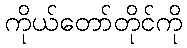
ကိုယ်တော်တိုင်ကို